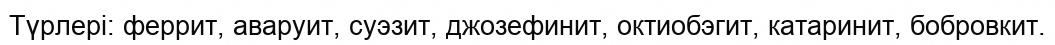
Түрлері: феррит, аваруит, суэзит, джозефинит, октиобэгит, катаринит, бобровкит.